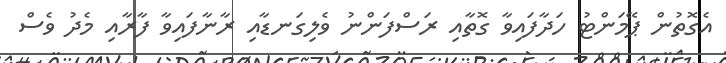
އެގޮތުން ޕޭމަންޓު ހަދާފައިވާ ގޮތާއި ރަސްފަންނު ވެލިގަނޑާއި ރާނާފައިވާ ފާރާއި މެދު ވެސް